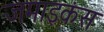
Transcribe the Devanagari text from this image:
जमाइकंस